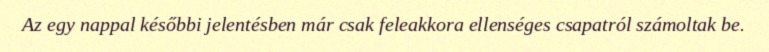
Az egy nappal későbbi jelentésben már csak feleakkora ellenséges csapatról számoltak be.